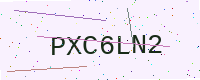
Text: PXC6LN2